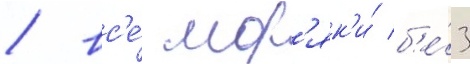
/ вс'е́ мор'як'и́ б'е́з